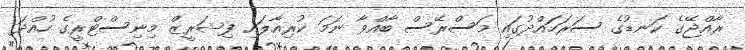
ރާއްޖޭގެ ކަނޑުގެ ސަރަހައްދުގައި މަސްރޭސް ބާއްވާ ނަމަ ކުރިއާލައި ފިޝަރީޒް މިނިސްޓްރީގެ ހުއްދަ